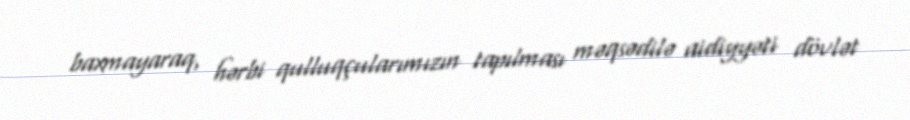
baxmayaraq, hərbi qulluqçularımızın tapılması məqsədilə aidiyyəti dövlət